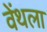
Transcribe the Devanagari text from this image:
वेंथला